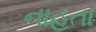
નાહતા